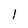
Character: l